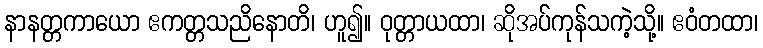
နာနတ္တကာယော ဧကတ္တသညိနောတိ၊ ဟူ၍။ ဝုတ္တာယထာ၊ ဆိုအပ်ကုန်သကဲ့သို့။ ဧဝံတထာ၊